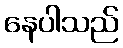
နေပါသည်